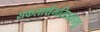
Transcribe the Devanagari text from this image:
सकलार्थमतिप्रकाशु